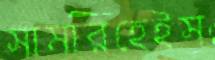
সামারহেইস